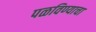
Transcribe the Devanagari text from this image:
पळविण्याचा